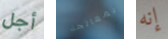
أجل بمعالجة إنه